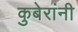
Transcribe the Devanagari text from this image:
कुबेरांनी